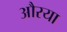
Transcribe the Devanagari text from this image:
औरया